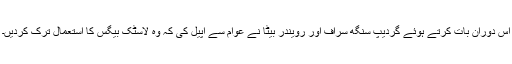
اس دوران بات کرتے ہوئے گردیپ سنگھ سراف اور رویندر بیٹا نے عوام سے اپیل کی کہ وہ لاسٹک بیگس کا استعمال ترک کردیں۔